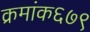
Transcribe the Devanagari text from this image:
क्रमांक६७९